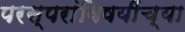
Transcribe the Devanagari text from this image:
परस्परांविषयींच्या